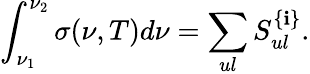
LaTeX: \int_{\nu_{1}}^{\nu_{2}}\sigma(\nu,T)d\nu=\sum_{ul}S_{ul}^{\{ \mathbf{i}\} }.